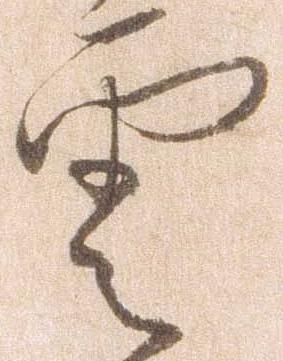
雲